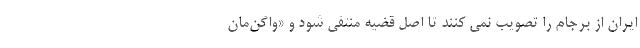
ایران از برجام را تصویب نمی کنند تا اصل قضیه منتفی شود و «واگن‌مان